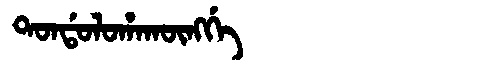
Manchu: ᡨᠣᠨᡩᠣᠯᠣᡥᠠᡴᡡᠩᡤᡝ
Romanization: TONDOLOHAKŪNGGE